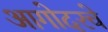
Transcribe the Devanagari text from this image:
आगोदरचे